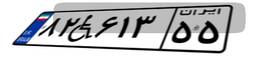
۸۲W۶۱۳۵۵